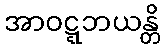
အာဝဋ္ဋဘယန္တိ